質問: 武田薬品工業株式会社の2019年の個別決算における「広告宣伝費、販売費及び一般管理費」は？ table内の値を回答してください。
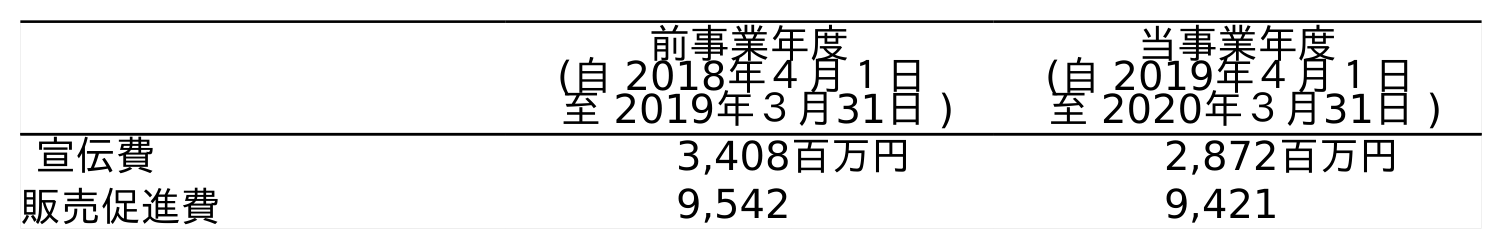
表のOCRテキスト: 前事業年度 (自 2018年４月１日 至 2019年３月31日 ) 当事業年度 (自 2019年４月１日 至 2020年３月31日 ) 宣伝費 3,408百万円 2,872百万円 販売促進費 9,542 9,421
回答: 3,408